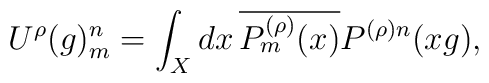
U^\rho(g)_m^n = \int_X dx \, \overline{P_m^{(\rho)}(x)}P^{(\rho) n}(x g),